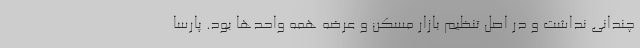
چندانی نداشت و در اصل تنظیم بازار مسکن و عرضه همه واحدها بود. پارسا